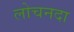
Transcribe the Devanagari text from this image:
लोचनदा